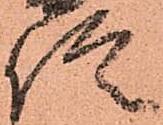
信